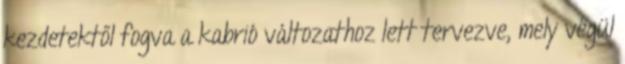
kezdetektől fogva a kabrió változathoz lett tervezve, mely végül